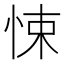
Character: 悚